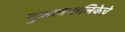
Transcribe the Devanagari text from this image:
दुकानमालिकेचे